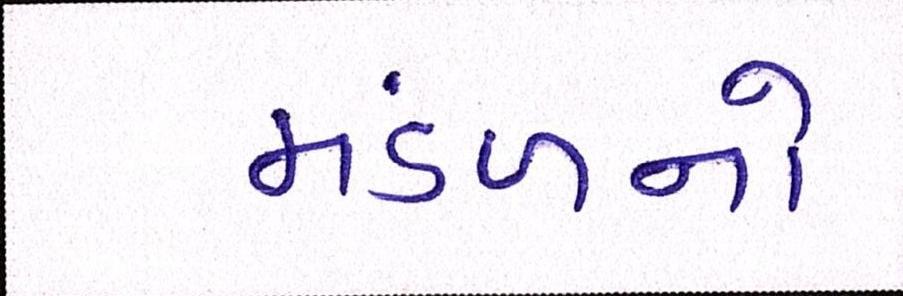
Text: મંડળનો